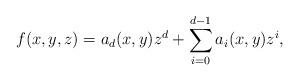
LaTeX: \begin{align*}f(x,y,z) = a_d(x,y) z^d+ \sum_{i =0}^{d-1}a_i(x,y) z^{i} , \end{align*}